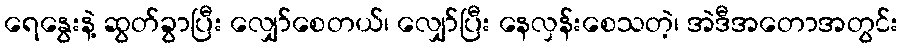
ရေနွေးနဲ့ ဆွတ်ခွာပြီး လျှော်စေတယ်၊ လျှော်ပြီး နေလှန်းစေသတဲ့၊ အဲဒီအတောအတွင်း